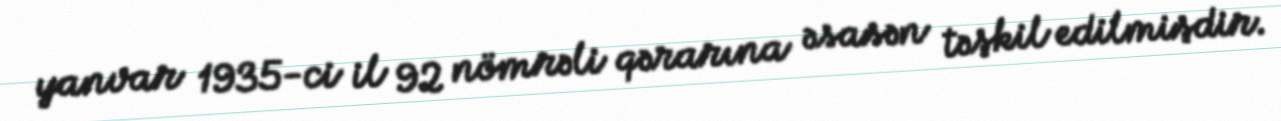
yanvar 1935-ci il 92 nömrəli qərarına əsasən təşkil edilmişdir.